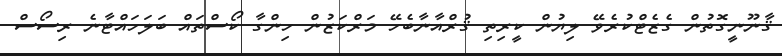
ޤާނޫނީގޮތުން ގެޒެޓްކުރެވޭ ލިޔުން ކީރިތި ޤުރްއާނާބެހޭ މަރްކަޒުން ހިންގާ ކޯސްތައް ބަލަހައްޓާނެ ރިސޯސް